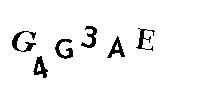
G4G3AE